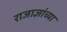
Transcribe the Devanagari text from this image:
राजाज्ञांच्या